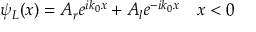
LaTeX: \psi _ { L } ( x ) = A _ { r } e ^ { i k _ { 0 } x } + A _ { l } e ^ { - i k _ { 0 } x } \quad x < 0